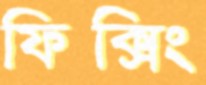
ফিক্সিং